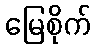
မြေစိုက်